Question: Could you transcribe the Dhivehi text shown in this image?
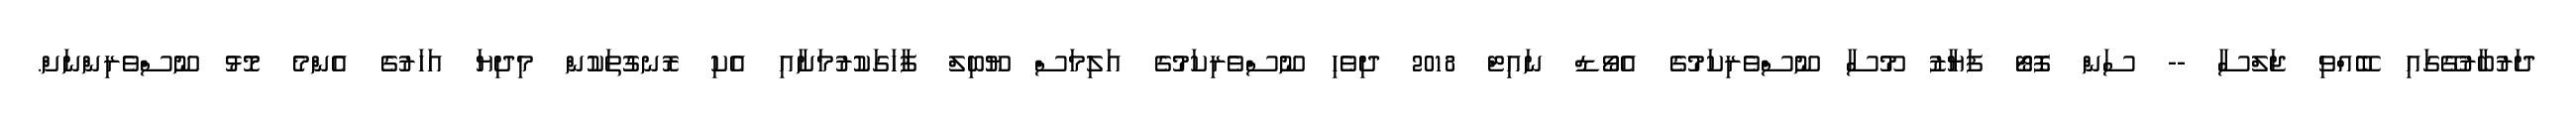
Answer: ދަރުބާރުގޭގައި ބޭއްވި ޖަލްސާ -- ސަން ފޮޓޯ ފަޔާޒު މޫސާ ނޫސްވެރިކަމުގެ އެވޯޑް ނައިޓް 2018 ދިވެހި ނޫސްވެރިކަމުގެ އަލިމަސް ޔޫބިލް ފާހަގަކުރުމަށާއި އެކި ރޮނގުތަކުން މިދިޔަ އަހަރުގެ އެންމެ މޮޅު ނޫސްވެރިންނަށް.